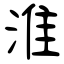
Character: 淮